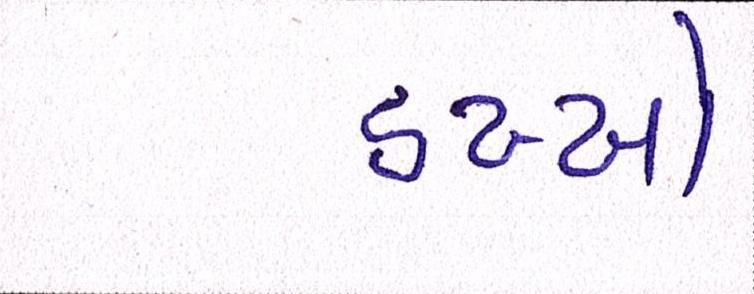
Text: ડખ્ખો